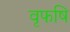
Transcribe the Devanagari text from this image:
वृफषि